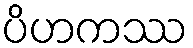
ပိဟကဿ